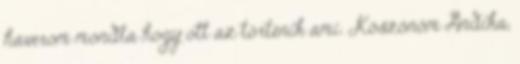
haverom mondta hogy ott az történik ami. Köszönöm Andika,